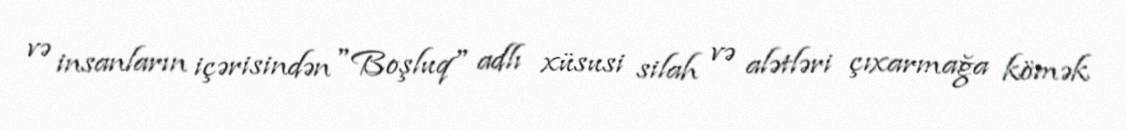
və insanların içərisindən "Boşluq" adlı xüsusi silah və alətləri çıxarmağa kömək